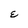
Character: E